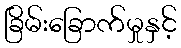
ခြိမ်းခြောက်မှုနှင့်